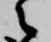
之